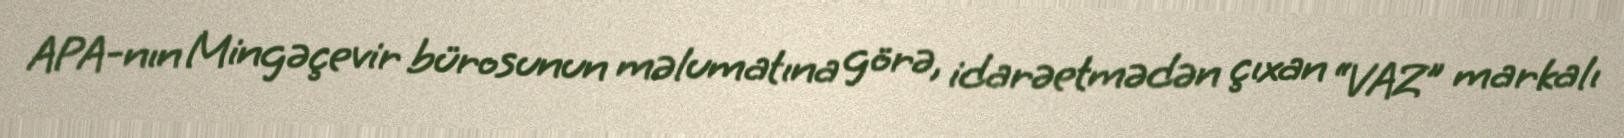
APA-nın Mingəçevir bürosunun məlumatına görə, idarəetmədən çıxan “VAZ” markalı